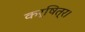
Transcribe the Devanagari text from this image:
कर्षित्र।